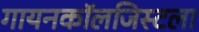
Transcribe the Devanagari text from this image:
गायनकॉलजिस्टला